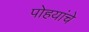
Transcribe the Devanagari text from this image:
पोहयांचे